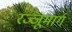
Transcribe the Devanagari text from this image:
रज्जूमार्ग